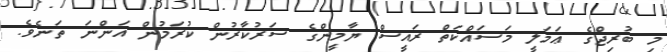
މި ބުރިޖްގެ ޢަމަލީ މަސައްކަތް ރައީސް ޔާމީންގެ ސަރުކާރުން ކުރަމުން އަންނަ ތަނެވެ.